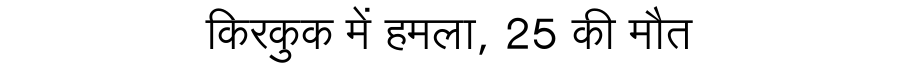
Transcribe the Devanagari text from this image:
किरकुक में हमला, 25 की मौत